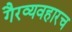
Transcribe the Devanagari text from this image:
गैरव्यवहारच